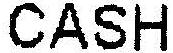
CASH